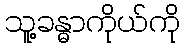
သူ့ခန္ဓာကိုယ်ကို